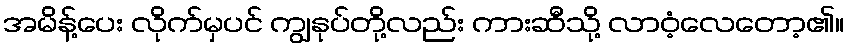
အမိန့်ပေး လိုက်မှပင် ကျွနုပ်တို့လည်း ကားဆီသို့ လာဝံ့လေတော့၏။